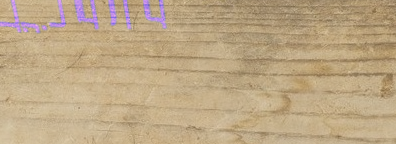
محلات بيع الأدوات المكتبي